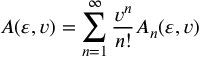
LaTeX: A ( \varepsilon , v ) = \sum _ { n = 1 } ^ { \infty } { \frac { v ^ { n } } { n ! } } A _ { n } ( \varepsilon , v )